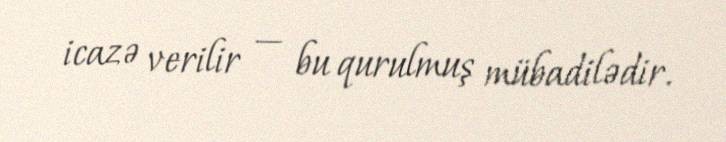
icazə verilir — bu qurulmuş mübadilədir.